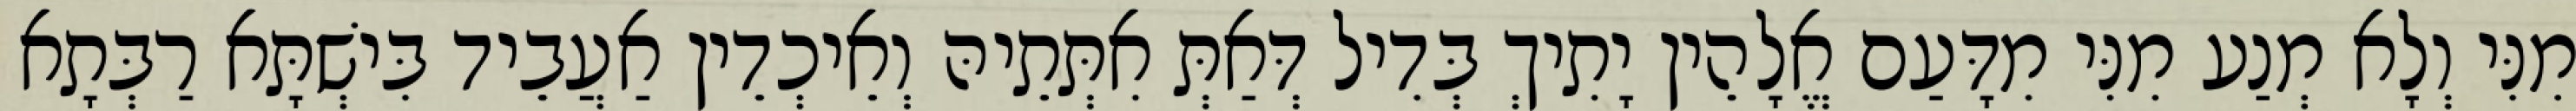
מִנִּי וְלָא מְנַע מִנִּי מִדָּעַם אֱלָהֵין יָתִיךְ בְּדִיל דְּאַתְּ אִתְּתֵיהּ וְאֵיכְדֵין אַעֲבֵיד בִּישְׁתָּא רַבְּתָא